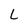
Character: L